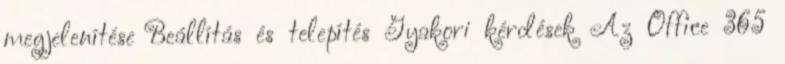
megjelenítése Beállítás és telepítés Gyakori kérdések Az Office 365